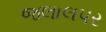
જલાલપર